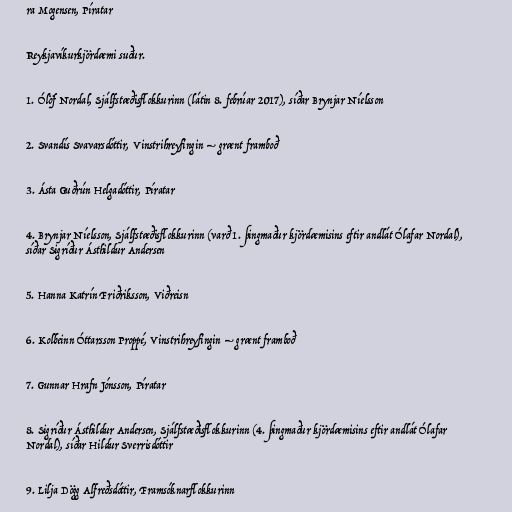
ra Mogensen, Píratar

Reykjavíkurkjördæmi suður.

1. Ólöf Nordal, Sjálfstæðisflokkurinn (látin 8. febrúar 2017), síðar Brynjar Níelsson

2. Svandís Svavarsdóttir, Vinstrihreyfingin – grænt framboð

3. Ásta Guðrún Helgadóttir, Píratar

4. Brynjar Níelsson, Sjálfstæðisflokkurinn (varð 1. þingmaður kjördæmisins eftir andlát Ólafar Nordal),
síðar Sigríður Ásthildur Andersen

5. Hanna Katrín Friðriksson, Viðreisn

6. Kolbeinn Óttarsson Proppé, Vinstrihreyfingin – grænt framboð

7. Gunnar Hrafn Jónsson, Píratar

8. Sigríður Ásthildur Andersen, Sjálfstæðisflokkurinn (4. þingmaður kjördæmisins eftir andlát Ólafar
Nordal), síðar Hildur Sverrisdóttir

9. Lilja Dögg Alfreðsdóttir, Framsóknarflokkurinn